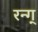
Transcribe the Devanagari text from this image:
रन्ग्